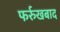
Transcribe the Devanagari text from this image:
फर्रुखबाद